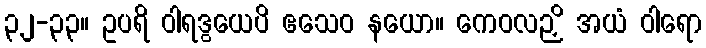
၃၂-၃၃။ ဥပရိ ဝါရဒွယေပိ ဧသေဝ နယော။ ကေဝလဉှိ အယံ ဝါရော